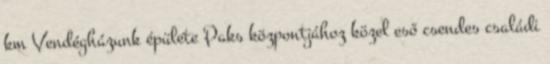
km Vendégházunk épülete Paks központjához közel eső csendes családi